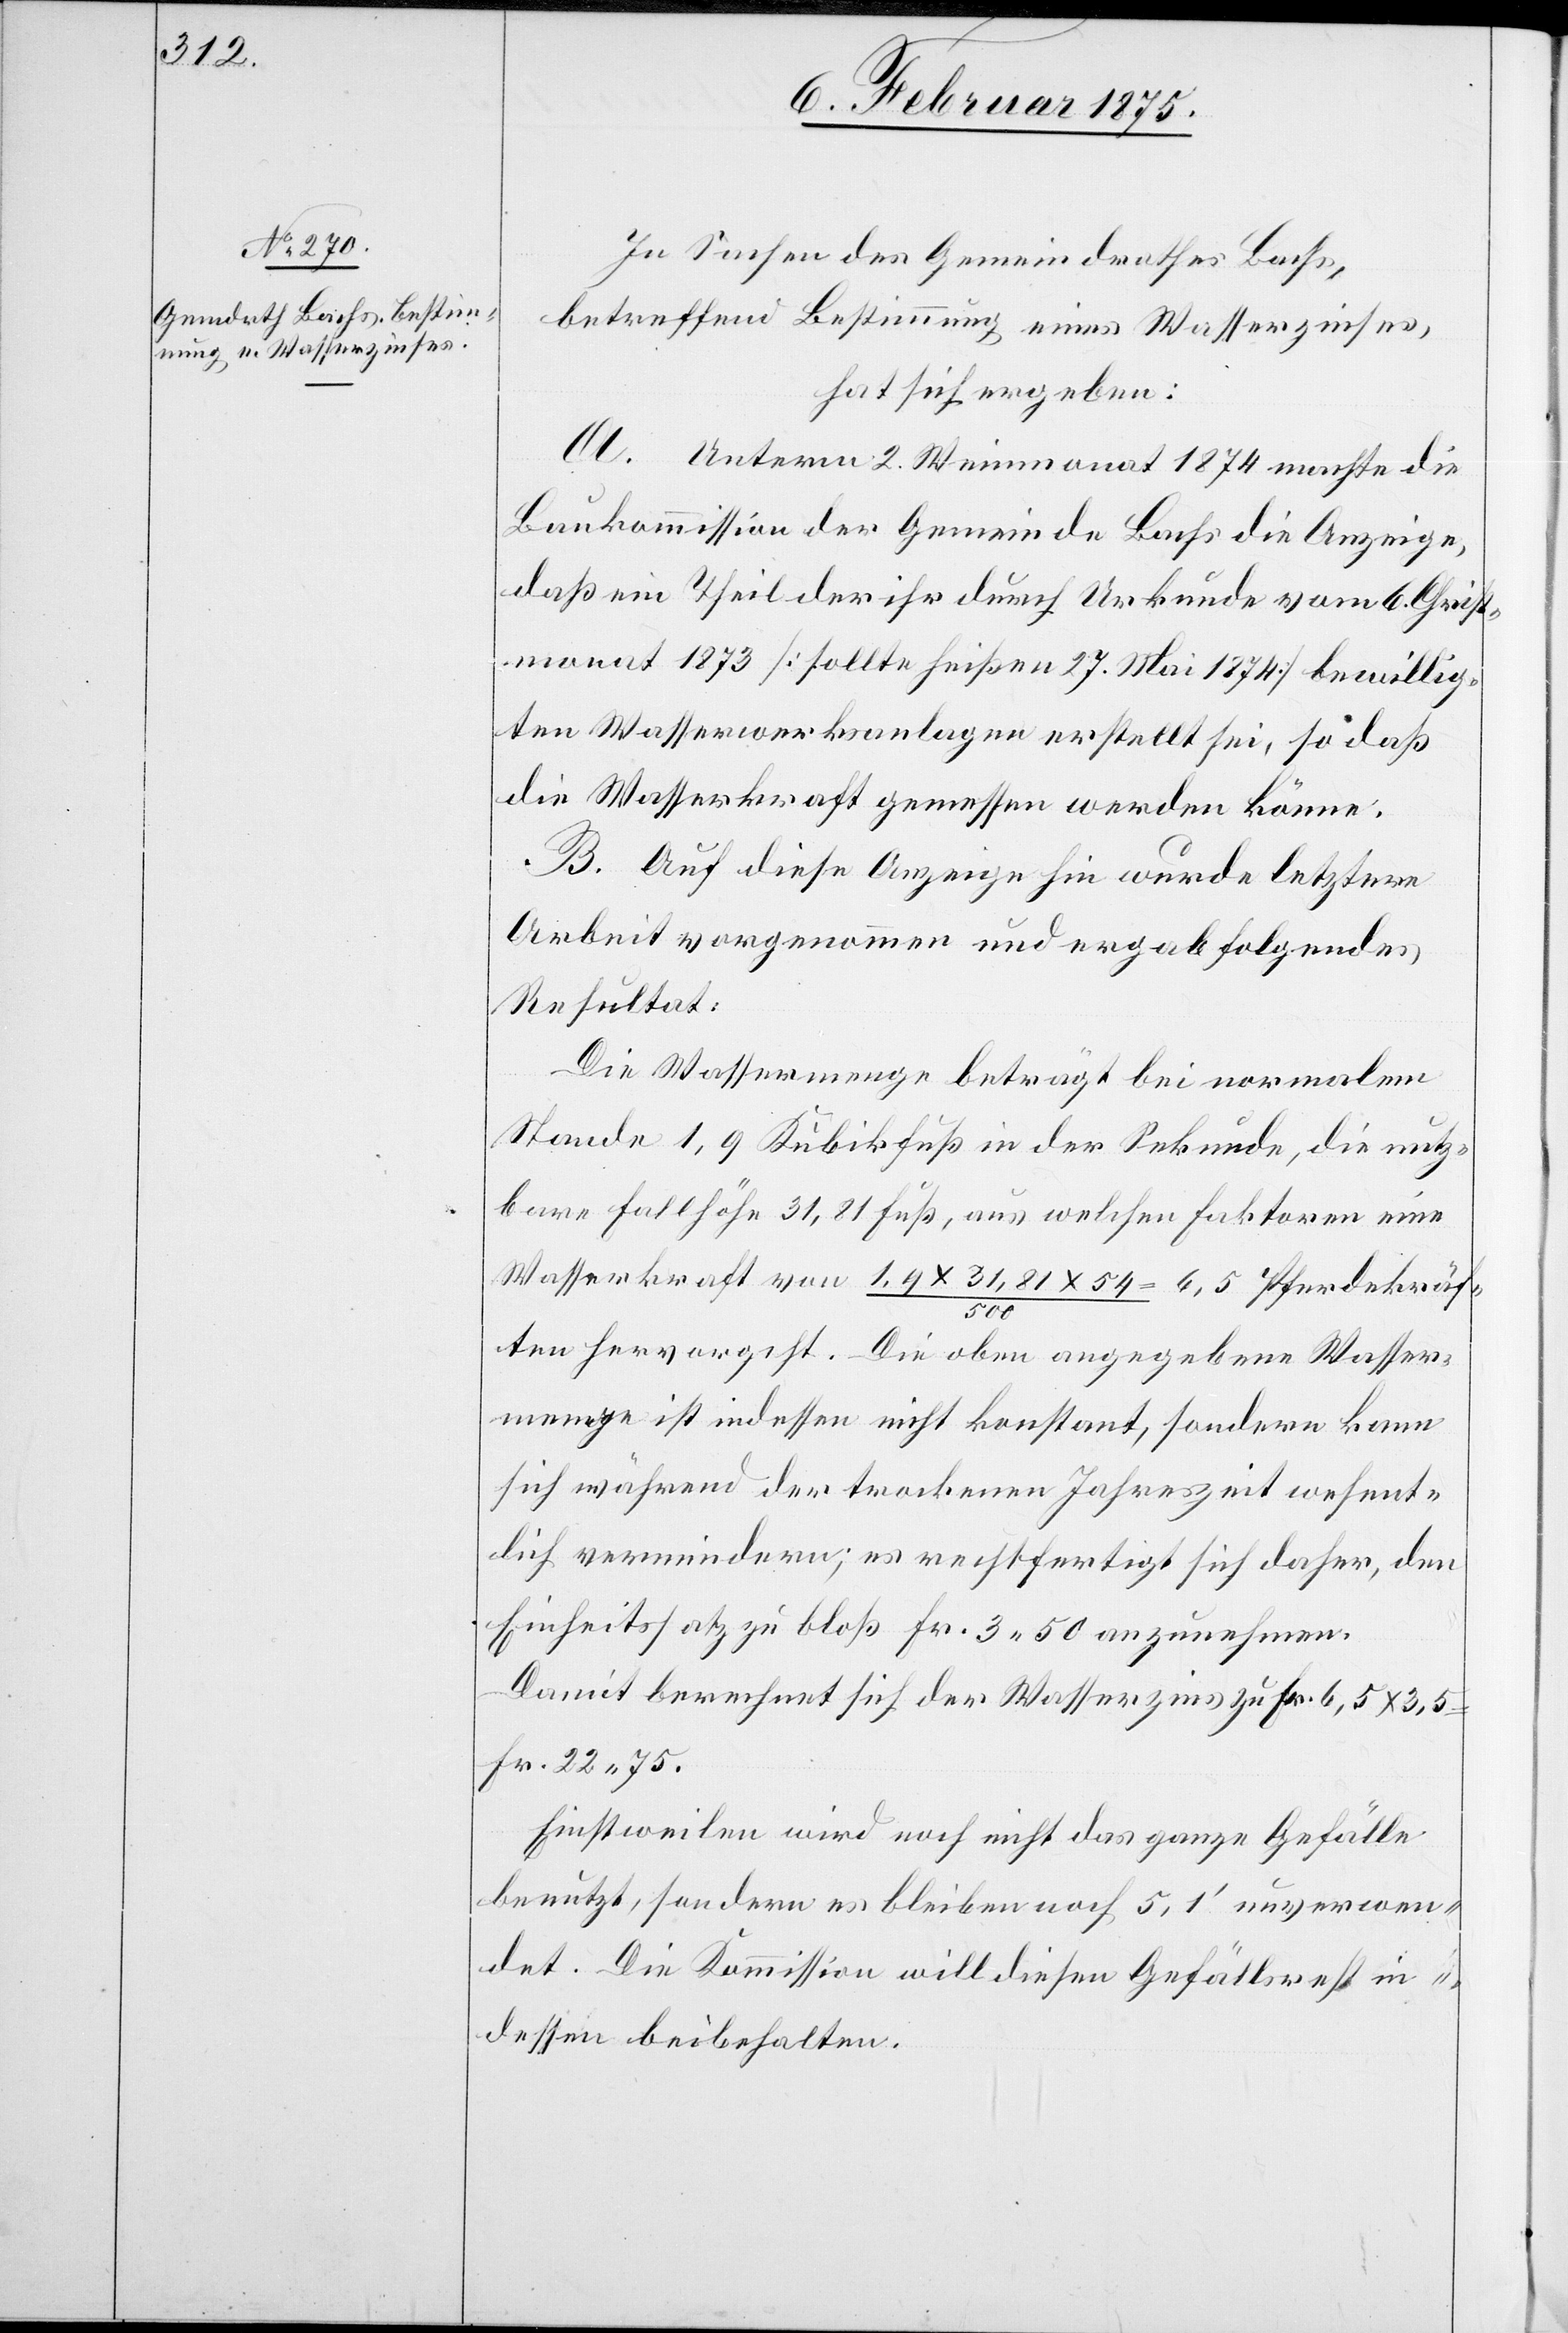
In Sachen des Gemeindrathes Bachs,
betreffend Bestimmung eines Wasserzinses,
hat sich ergeben:
A. Unterm 2. Weinmonat 1874 machte die
Baukommission der Gemeinde Bachs die Anzeige,
daß ein Theil der ihr durch Urkunde vom 6. Christ¬
monat 1873 (sollte heißen 27. Mai 1874) bewillig¬
ten Wasserwerksanlagen erstellt sei, so daß
die Wasserkraft gemessen werden könne.
B. Auf diese Anzeige hin wurde letztere
Arbeit vorgenommen und ergab folgendes
Resultat:
Die Wassermenge beträgt bei normalem
Stande 1,9 Kubikfuß in der Sekunde, die nutz¬
bare Fallhöhe 31,81 Fuß, aus welchen Faktoren eine
Wasserkraft von 1,9 x 31,81 x 54 / 500 = 6,5 Pferdekräf¬
ten hervorgeht. Die oben angegebene Wasser¬
menge ist indessen nicht konstant, sondern kann
sich während der trockenen Jahreszeit wesent¬
lich vermindern; es rechtfertigt sich daher, den
Einheitssatz zu bloß Fr. 3. 50 anzunehmen.
Damit berechnet sich der Wasserzins zu Fr. 6,5 x 3,5
Fr. 22. 75.
Einstweilen wird noch nicht das ganze Gefälle
benutzt, sondern es bleiben noch 5,1‘ unverwen¬
det. Die Kommission will diesen Gefällsrest in¬
dessen beibehalten.